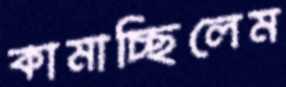
কামাচ্ছিলেম